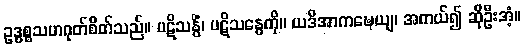
ဥဒ္ဓစ္စသဟဂုတ်စိတ်သည်။ ပဋိသန္ဓိံ၊ ပဋိသန္ဓေကို။ ယဒိအာကဍ္ဎေယျ၊ အကယ်၍ ဆိုဦးအံ့။